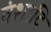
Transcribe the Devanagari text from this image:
वंशादि